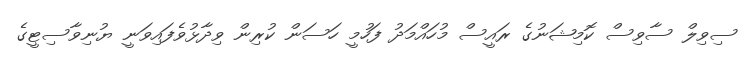
ސިވިލް ސާވިސް ކޮމިޝަނުގެ ރައީސް މުހައްމަދު ފަހުމީ ހަސަން ކުރިން ވިދާޅުވެފައިވަނީ ޔުނިވާސިޓީގެ